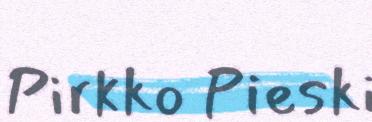
Pirkko Pieski